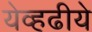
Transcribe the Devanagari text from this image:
येव्हढीये